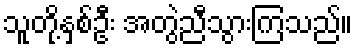
သူတို့နှစ်ဦး အတွဲညီသွားကြသည်။